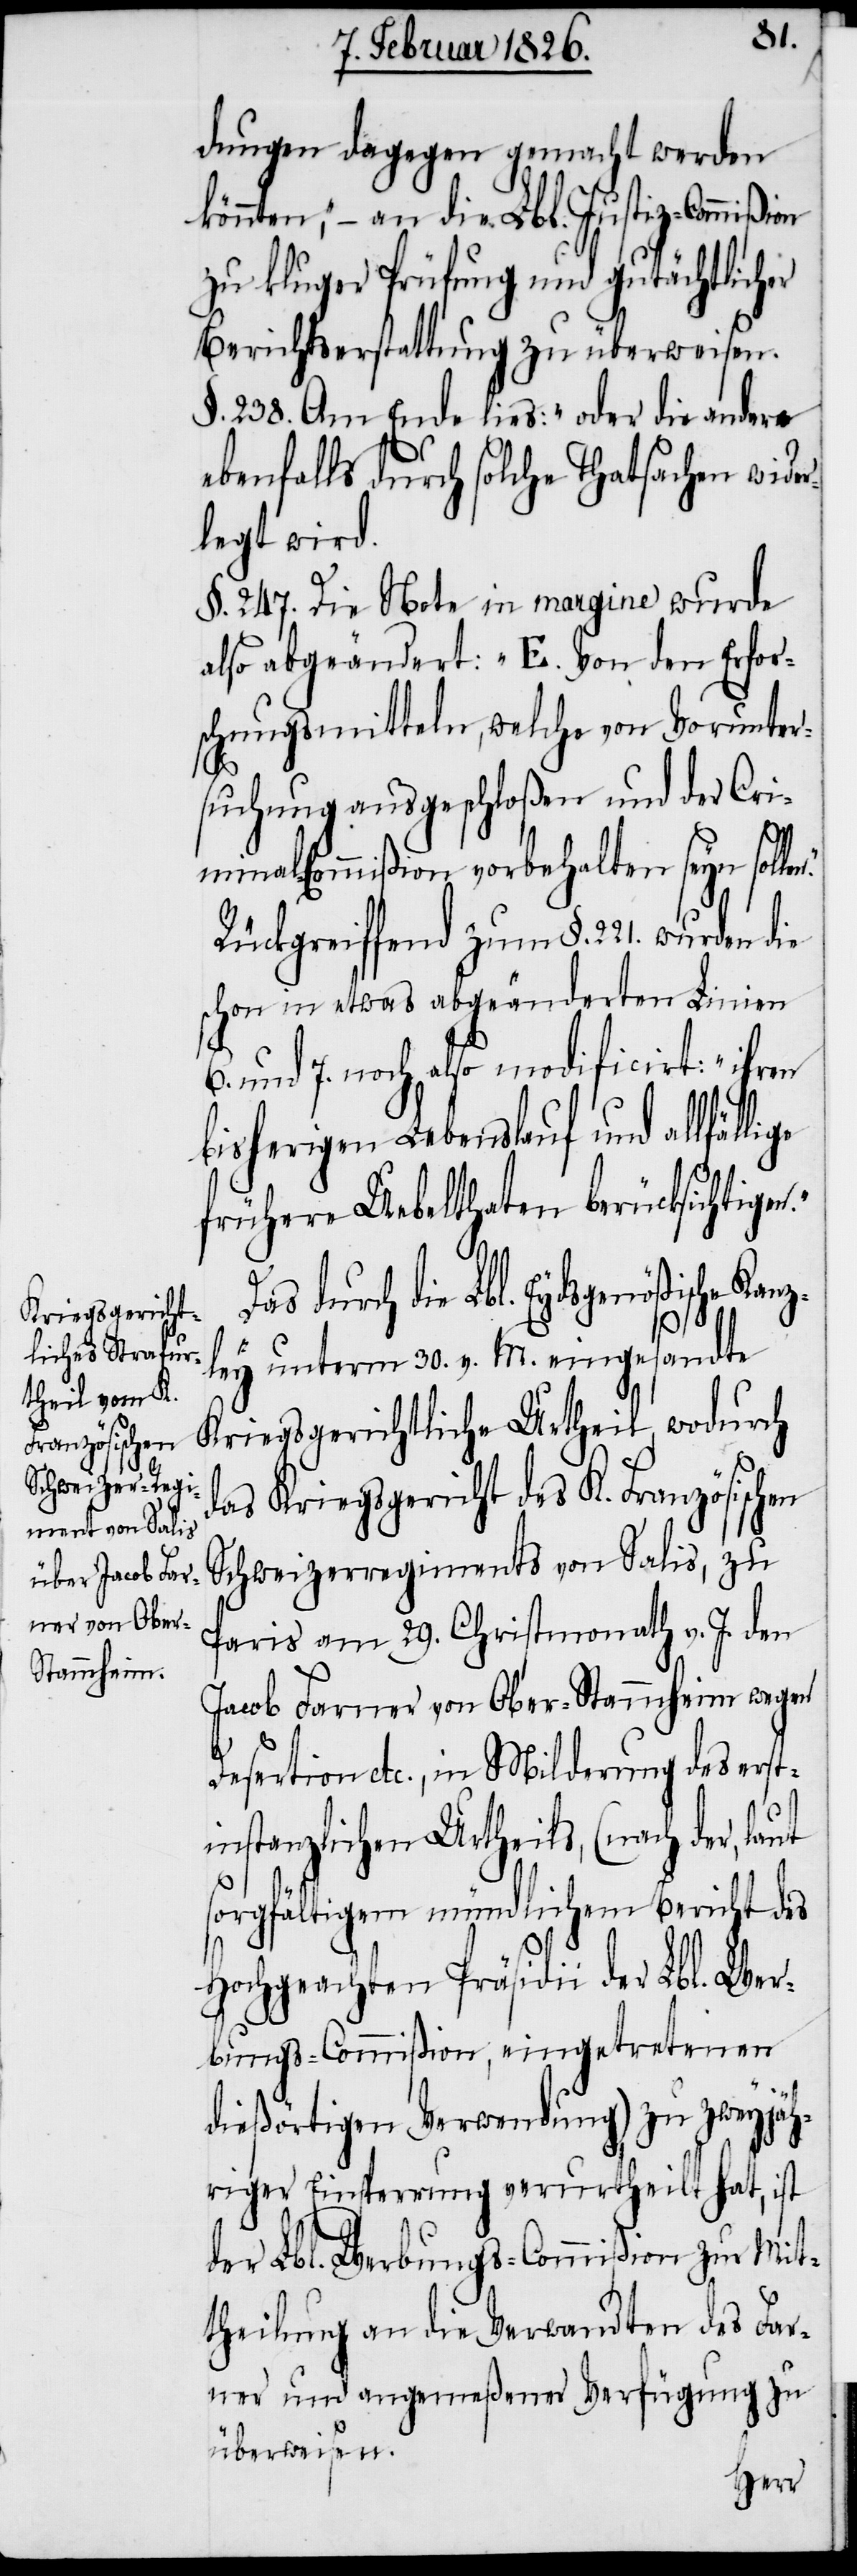
dungen dagegen gemacht werden
könnten,“ – an die Lbl. Justiz-Commißion
zu kluger Prüfung und gutächtlicher
Berichtserstattung zu überweisen.
§. 238. Am Ende lies: „oder die andere
ebenfalls durch solche Thatsachen wider¬
§. 247. Die Note in margine wurde
also abgeändert: „E. Von den Erfor¬
schungsmitteln, welche von Vorunter¬
n.“
suchung ausgeschloßen und der Cri¬
minal-Commißion vorbehalten seyn solle¬
Rückgreiffend zum §. 221. wurden die
schon in etwas abgeänderten Linien
6. und 7. noch also modificirt: „ihren
bisherigen Lebenslauf und allfäl¬
frühere Uebelthaten berücksichtige¬
durch die Lbl. Eydsgenößische Kanz¬
ley unterm 30. v. M. eingesandte
Kriegsgerichtliche Urtheil, wodurch
das Kriegsgericht des K. Französischen
Schweizerregiments von Salis, zu
Paris am 29. Christmonath v. J. den
Jacob Farner von Ober-Stammheim wegen
Desertion etc., in Milderung des erst¬
instanzlichen Urtheils, (nach der,
sorgfältigem mündlichem Bericht des
Hochgeachten Präsidii der Lbl. Wer¬
bungs-Commißion, eingetretenen
dießörtigen Verwendung) zu zweyjäh¬
riger Einsperrung verurtheilt hat, ist
der Lbl. Werbungs-Commißion zur Mit¬
theilung an die Verwandten des Far¬
ner und angemeßener Verfügung zu
überweisen.